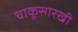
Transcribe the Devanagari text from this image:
चाकूसारखी